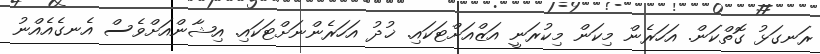
ރަނގަޅު ގޮތްކަން. އަހަރެން މިކަން މިކުރަނީ އަޒްއަށްޓަކައި. ޚުދު އަހަރެންނަށްޓަކައި. އިޝާންއަށްވެސް އެނގެއެއްނު